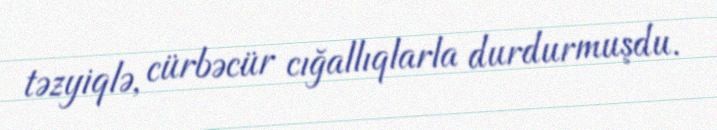
təzyiqlə, cürbəcür cığallıqlarla durdurmuşdu.